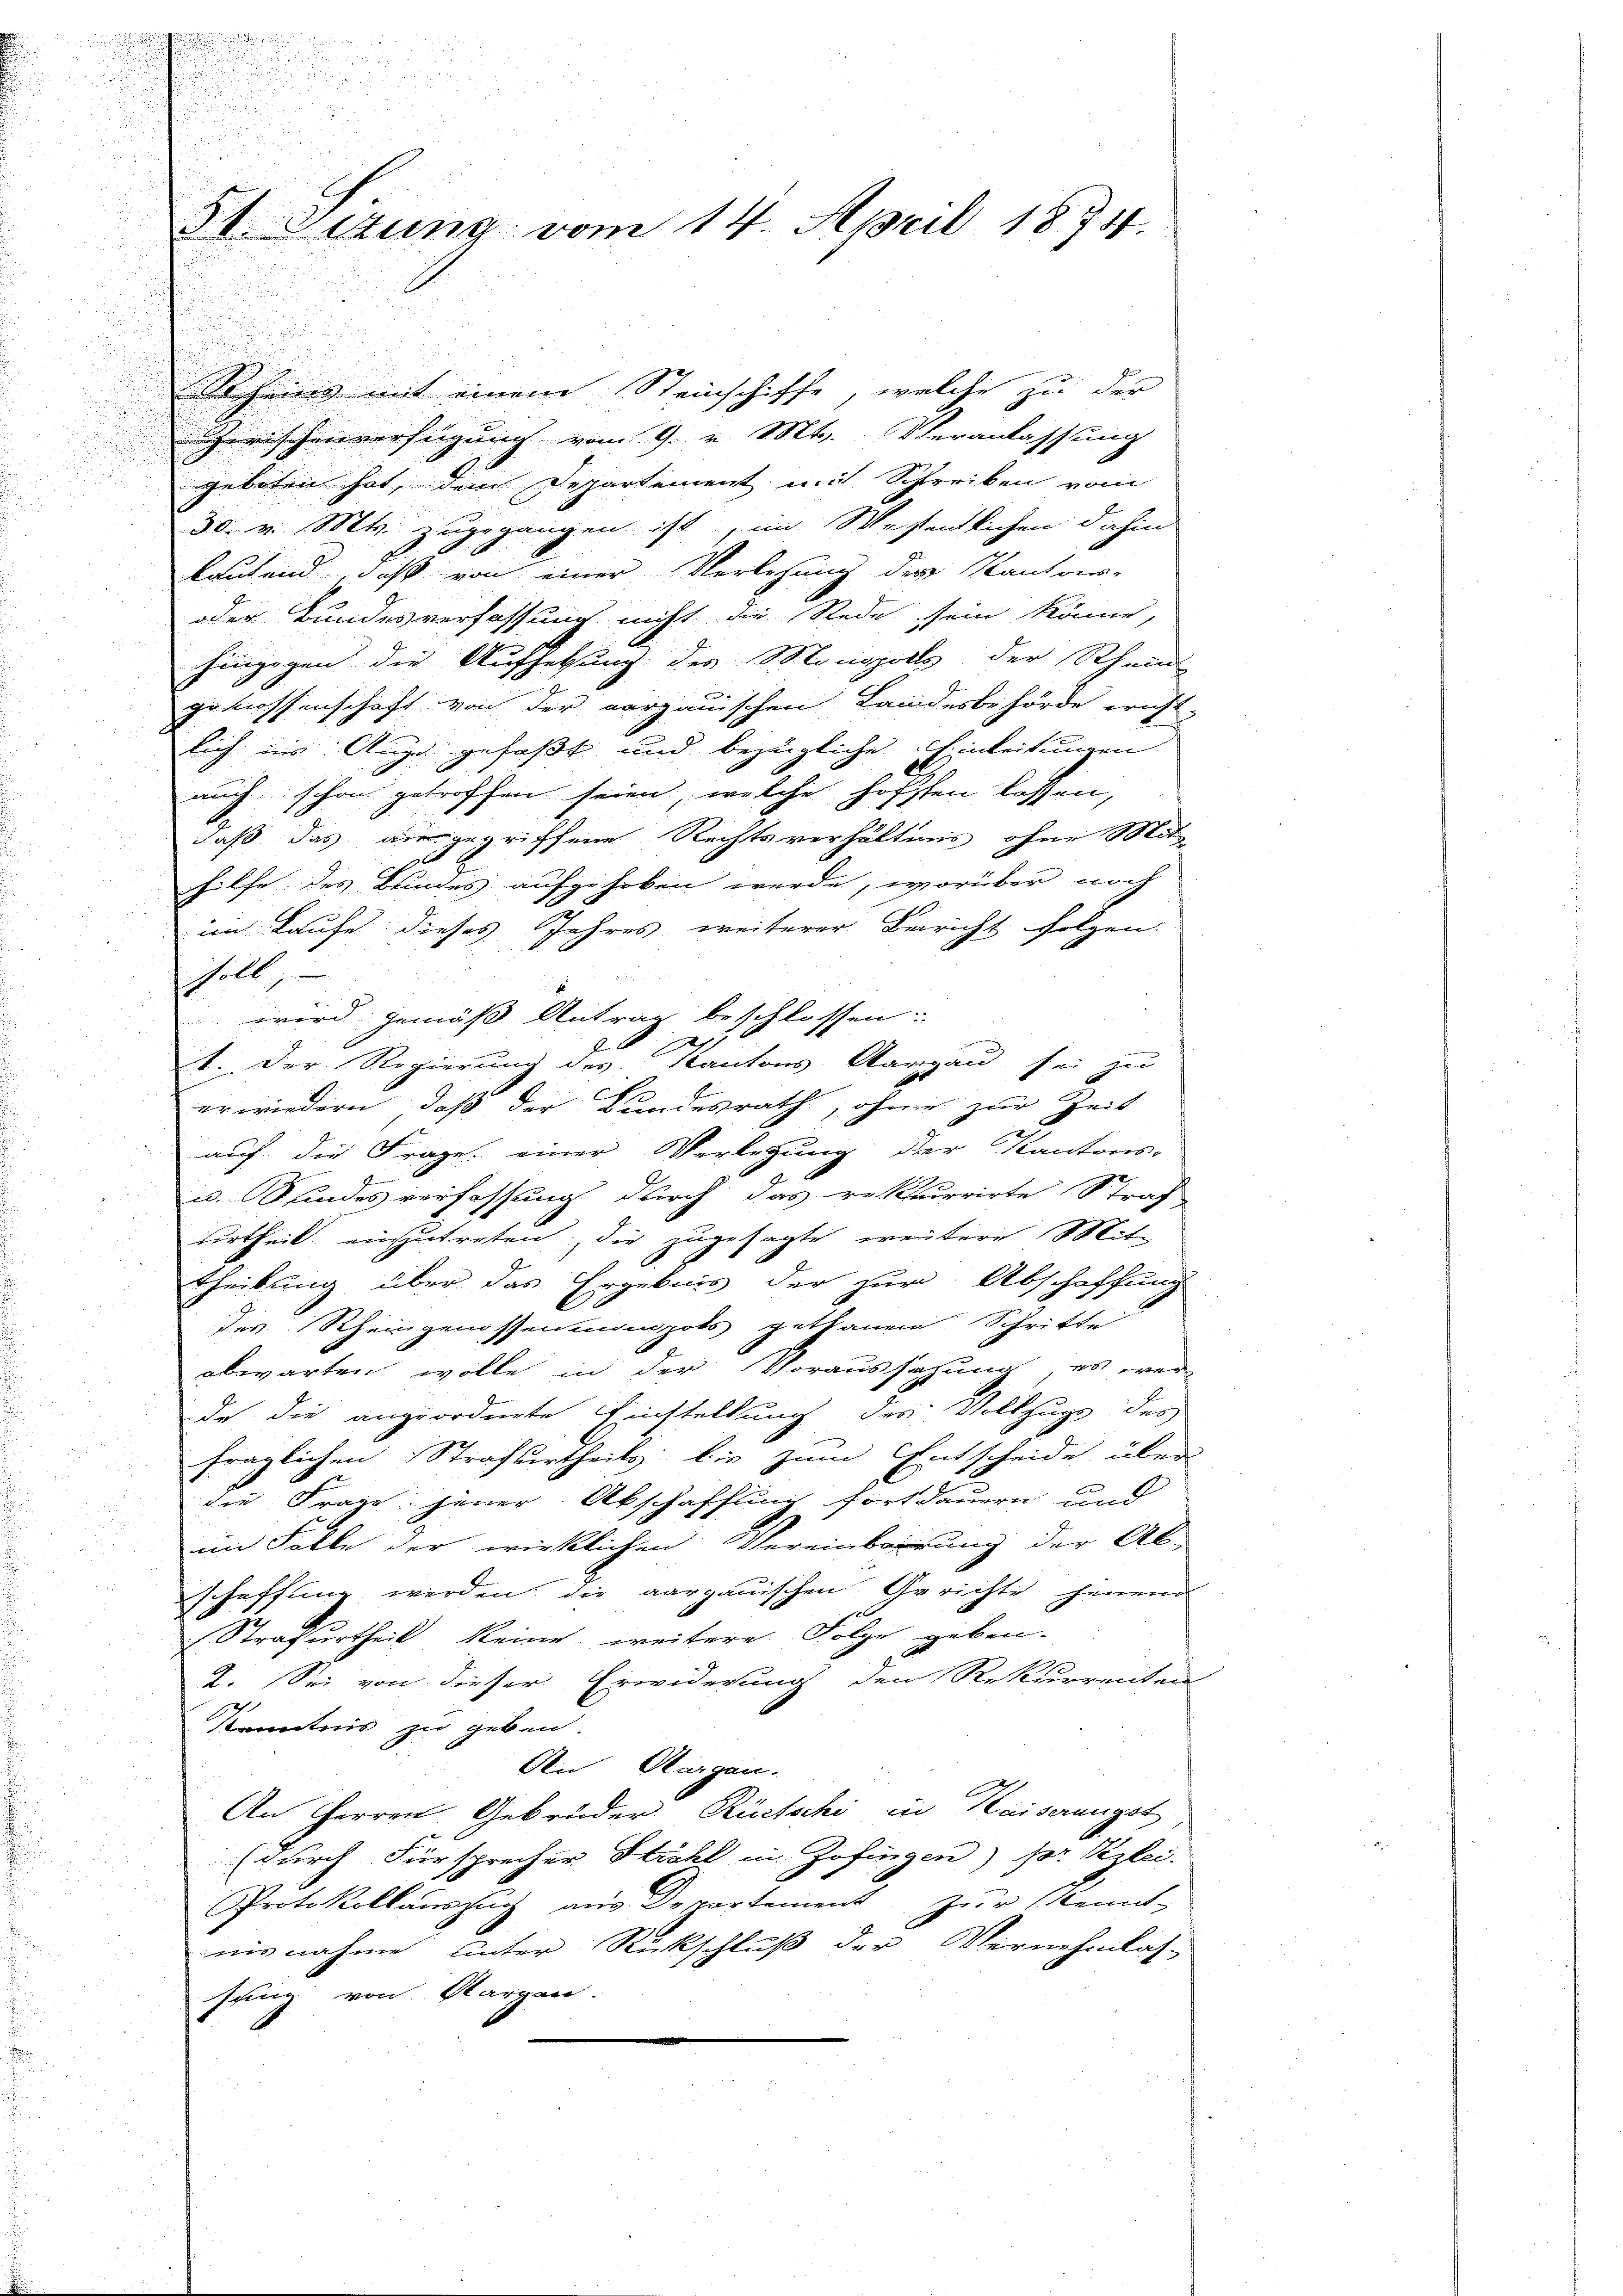
3t. Eitung vom 14. April 1874.

Rheinig mit einem Steinschiffe, welche zu der
erischenverfügung vom 9. v. Mts. Veranlassung
geboten hat, dem Departement mit Schreiben vom
30. v. Mts. zugegangen ist, im Wesentlichen dahin
lautend, daß von einer Verlesung der Kantons-
der Bundesverfassung nicht die Rede sein könne,
hingegen die Aufsetzung des Monopolls der Rhein
genossenschaft von der vergauischen Landesbehörde ernst-
lich ins Auge gefaßt und bezügliche Einleitungen.
auch schon getroffen seien, welche hofften lassen,
daß das ausgegriffene Rechtsverhältnis ohne Mit
hilfe des Bundes aufgehoben werde, worüber noch
im Kaufe dieses Jahres weiterer Bericht folgen:
soll
wird gemäss Antrag beschlossen:
. Der Regierung des Kantons Aargau sei zu
erwiedern, daß der Bundesrath, ohne zur Zeit
auf die Frage einer Verlegung der Kantons-
u. Kindesverfassung durch das rekurrirte Straf
urtheil einzutreten, die zugesagte weitere Mit-
theilung über das Ergebnis der zur Abschaffung
des Rheingenossenmannpots gethanen Schritte
abwarten wolle in der Voraussahung, es wer
de die angeordnete Einstellung des Vollzugs des
fraglichen Strafurtheils bis zum Entscheide über
die Frage jener Abschaffung fortdauern und
im Falle der wirklichen Vereinbarung der Ab-
schaffung werden die aargauischen Gerichte jenem
Strafurtheil keine weitere Folge geben.
2. Sei von dieser Erwiderung dem Rekurrenten
Kenntnis zu geben.
An Margau.
An Herren Gebrüder Rückschi in Kaiserungst
(durch Fürsprecher Strahl in Zofingen) sor Pizlei.
Protokollauszug aus Departement zur kennt-
nisnahme unter Rückschluß der Vernehmlas-
sung von Sargau.